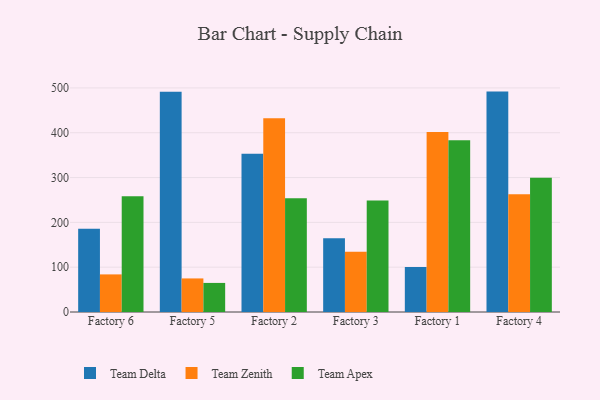
{"axis": {"x": "Factory", "y": "LTV (USD)"}, "legend": ["Team Apex", "Team Delta", "Team Zenith"], "data": [{"x": "Factory 6", "y": 185.9, "type": "Team Delta"}, {"x": "Factory 6", "y": 83.9, "type": "Team Zenith"}, {"x": "Factory 6", "y": 258.4, "type": "Team Apex"}, {"x": "Factory 5", "y": 491.4, "type": "Team Delta"}, {"x": "Factory 5", "y": 74.9, "type": "Team Zenith"}, {"x": "Factory 5", "y": 64.9, "type": "Team Apex"}, {"x": "Factory 2", "y": 353.0, "type": "Team Delta"}, {"x": "Factory 2", "y": 432.2, "type": "Team Zenith"}, {"x": "Factory 2", "y": 254.0, "type": "Team Apex"}, {"x": "Factory 3", "y": 164.6, "type": "Team Delta"}, {"x": "Factory 3", "y": 134.3, "type": "Team Zenith"}, {"x": "Factory 3", "y": 248.8, "type": "Team Apex"}, {"x": "Factory 1", "y": 100.5, "type": "Team Delta"}, {"x": "Factory 1", "y": 401.8, "type": "Team Zenith"}, {"x": "Factory 1", "y": 383.4, "type": "Team Apex"}, {"x": "Factory 4", "y": 491.8, "type": "Team Delta"}, {"x": "Factory 4", "y": 262.7, "type": "Team Zenith"}, {"x": "Factory 4", "y": 299.4, "type": "Team Apex"}]}